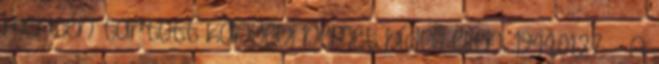
mentén tartott kanyevi német hídfõ ellen. 1944.01.27. - A